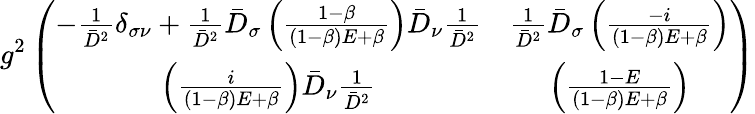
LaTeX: g^{2}\left(\begin{array}{cc}{{-\frac{1}{\bar{D}^{2}}\delta_{\sigma\nu}+\frac{1}{\bar{D}^{2}}\bar{D}_{\sigma}\left(\frac{1-\beta}{(1-\beta)E+\beta}\right)\bar{D}_{\nu}\frac{1}{\bar{D}^{2}}}}&{{\frac{1}{\bar{D}^{2}}\bar{D}_{\sigma}\left(\frac{-i}{(1-\beta)E+\beta}\right)}}\\ {{\left(\frac{i}{(1-\beta)E+\beta}\right)\bar{D}_{\nu}\frac{1}{\bar{D}^{2}}}}&{{\left(\frac{1-E}{(1-\beta)E+\beta}\right)}}\end{array}\right)